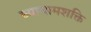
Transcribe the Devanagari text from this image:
व्यायामशक्ति